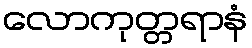
လောကုတ္တရာနံ